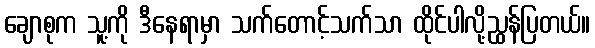
ချောစုက သူ့ကို ဒီနေရာမှာ သက်တောင့်သက်သာ ထိုင်ပါလို့ညွှန်ပြတယ်။